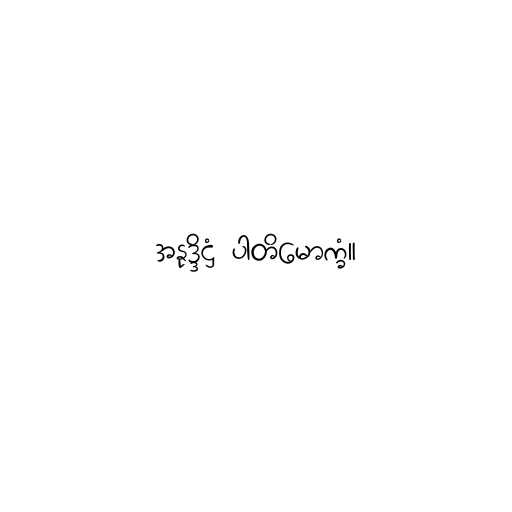
အနုဒ္ဒိဋ္ဌံ ပါတိမောက္ခံ။